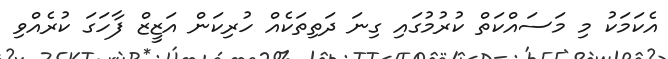
އެކަމަކު މި މަސައްކަތް ކުރުމުގައި ގިނަ ދަތިތަކެއް ހުރިކަން އަޒީޒް ފާހަގަ ކުރެއްވި